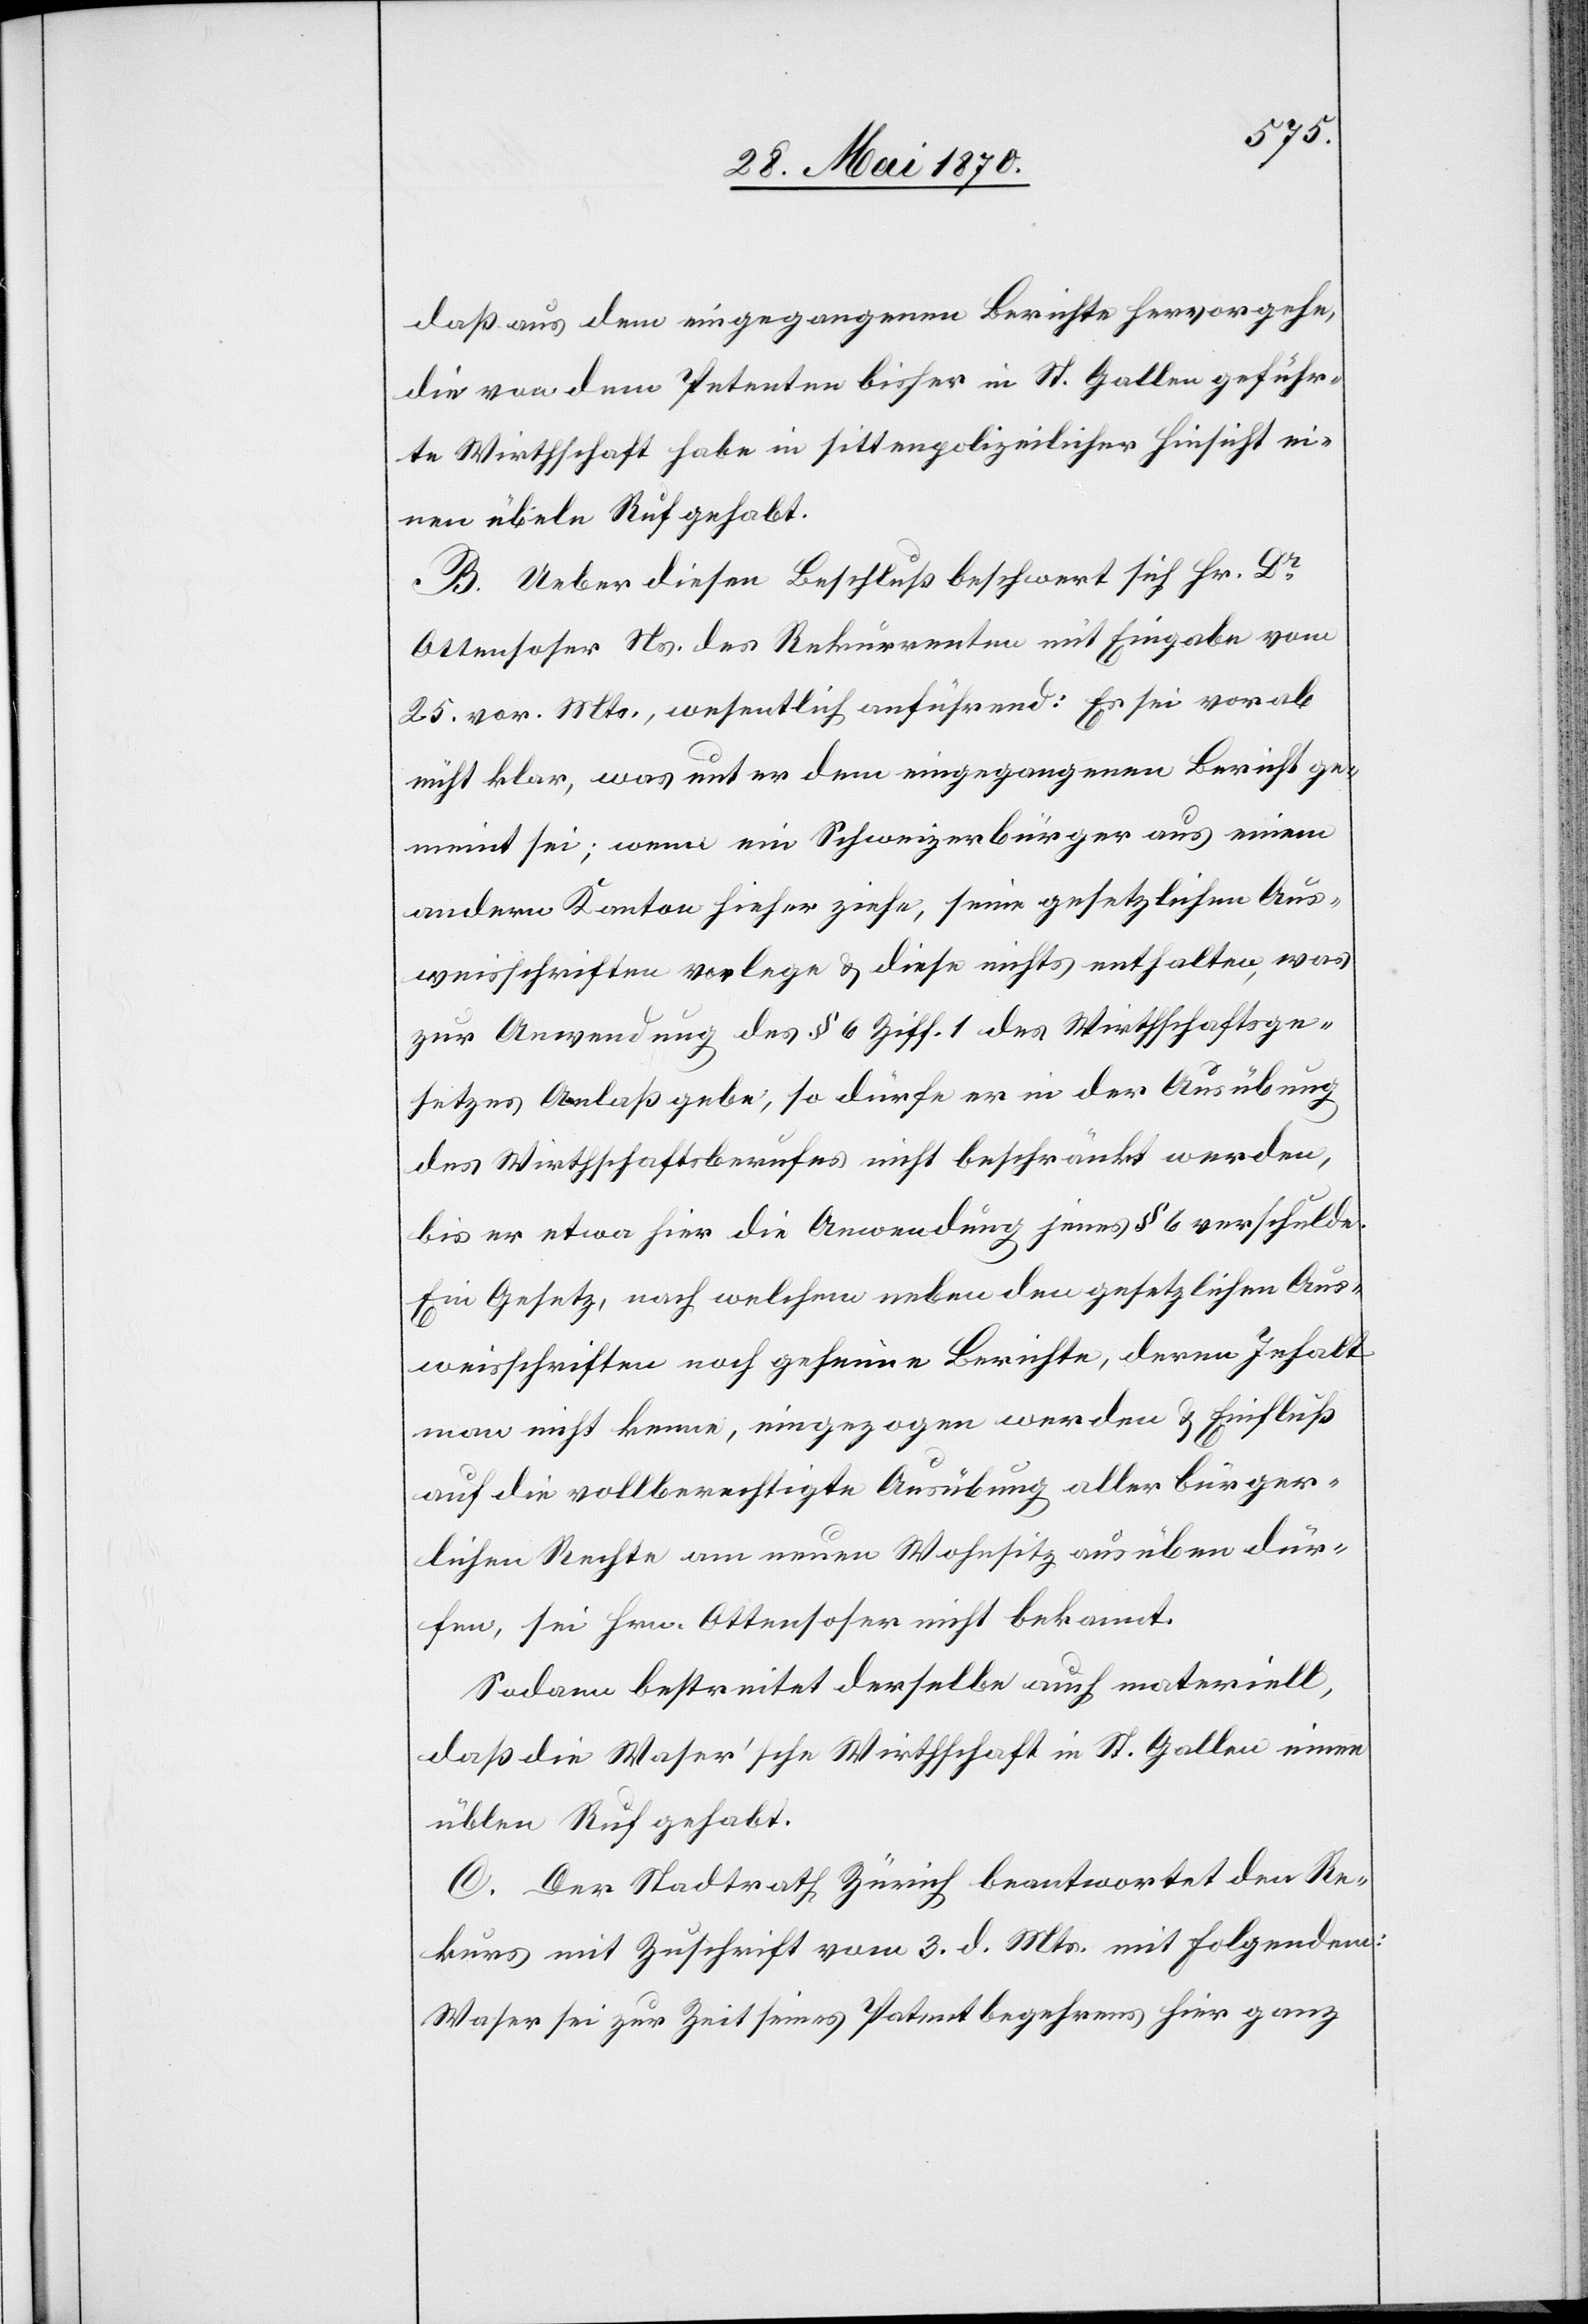
daß aus dem eingegangenen Berichte hervorgehe,
die von dem Petenten bisher in St. Gallen geführ¬
te Wirthschaft habe in sittenpolizeilicher Hinsicht ei¬
nen übeln Ruf gehabt.
B. Ueber diesen Beschluß beschwert sich Hr. Dr
Ottensoser Ns. des Rekurrenten mit Eingabe vom
25. vor. Mts., wesentlich anführend: Es sei vorab
nicht klar, was unter dem eingegangenen Bericht ge¬
meint sei; wenn ein Schweizerbürger aus einem
andern Kanton hieher ziehe, seine gesetzlichen Aus¬
weisschritte vorlege & diese nichts enthalten, was
zur Anwendung des § 6 Ziff. 1 des Wirthschaftsge¬
setzes Anlaß gebe, so dürfe er in der Ausübung
des Wirthschaftsberufes nicht beschränkt werden,
bis er etwa hier die Anwendung jenes § 6 verschulde.
Ein Gesetz, nach welchem neben den gesetzlichen Aus¬
weisschriften noch geheime Berichte, deren Inhalt
man nicht kenne, eingezogen werden & Einfluß
auf die vollberechtigte Ausübung aller bürger¬
lichen Rechte am neuen Wohnsitz ausüben dür¬
fen, sei Hrn. Ottensoser nicht bekannt.
Sodann bestreitet derselbe auch materiell,
daß die Waser’sche Wirthschaft in St. Gallen einen
übeln Ruf gehabt.
C. Der Stadtrath Zürich beantwortet den Re¬
kurs mit Zuschrift vom 3. d. Mts. mit Folgendem:
Waser sei zur Zeit seines Patentbegehrens hier ganz